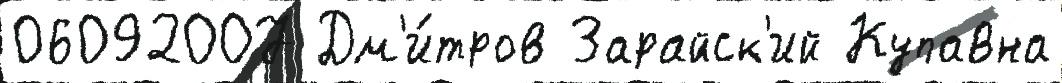
06092007 Дм'и́тров Зарайск'ий Купавна